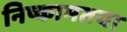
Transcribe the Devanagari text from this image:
निष्कामतया